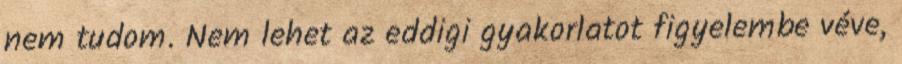
nem tudom. Nem lehet az eddigi gyakorlatot figyelembe véve,